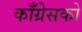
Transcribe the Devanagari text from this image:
काँग्रेसको